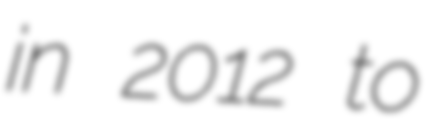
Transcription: in 2012 to